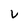
Character: V